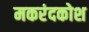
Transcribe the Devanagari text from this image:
मकरंदकोश